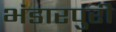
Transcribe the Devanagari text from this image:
भंडारपुरी